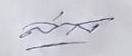
ล่าง